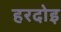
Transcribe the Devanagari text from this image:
हरदोइ